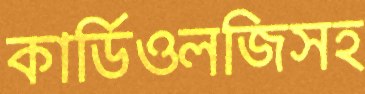
কার্ডিওলজিসহ